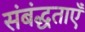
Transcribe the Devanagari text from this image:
संबंद्धताएँ